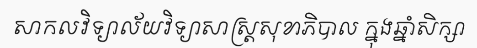
សាកលវិទ្យាល័យវិទ្យាសាស្ត្រសុខាភិបាល ក្នុងឆ្នាំសិក្សា